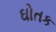
ઘોતક